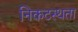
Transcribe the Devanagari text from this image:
निकटस्थता